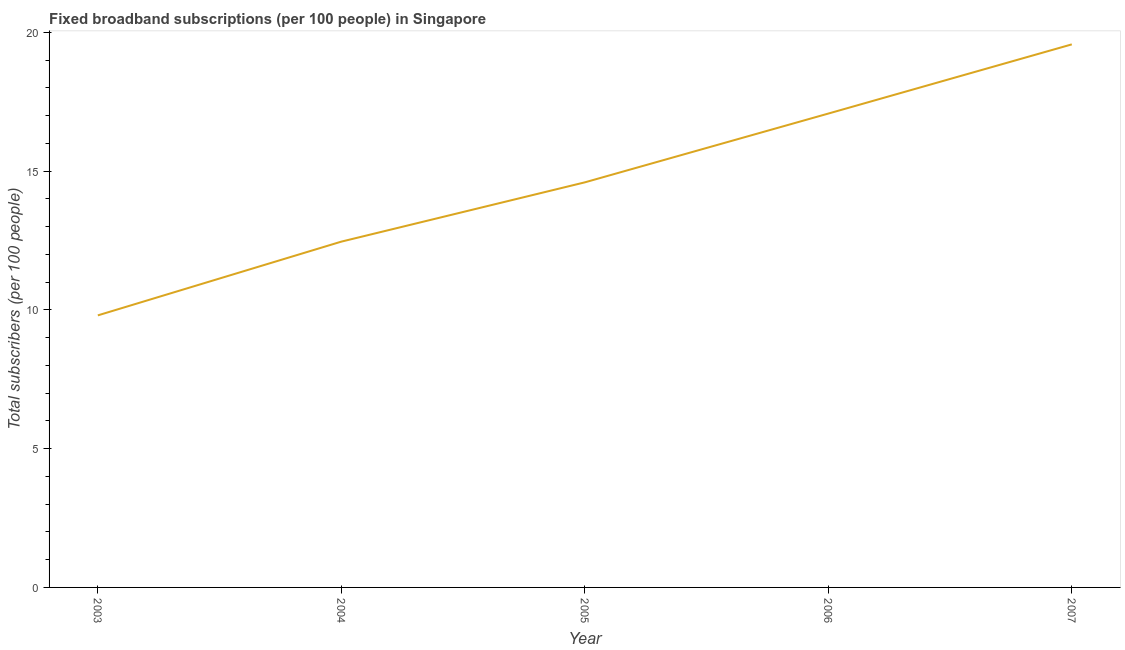
| Year | Fixed broadband subscriptions (per 100 people) |
 | --- | --- |
 | 2003 | 9.8 |
 | 2004 | 12.5 |
 | 2005 | 14.6 |
 | 2006 | 17.1 |
 | 2007 | 19.6 |